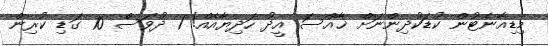
މިޑިއާނެޓުން ކުޑަކުދިންނަށް ޚާއްސަ އީދު ހަދިޔާއެއް! 1 ދުވަސް 10 ގަޑި ކުރިން